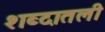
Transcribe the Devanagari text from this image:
शब्दातली